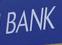
bank